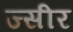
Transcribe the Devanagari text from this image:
ज्सीर